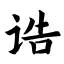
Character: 诰